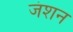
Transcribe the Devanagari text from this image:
जंशन